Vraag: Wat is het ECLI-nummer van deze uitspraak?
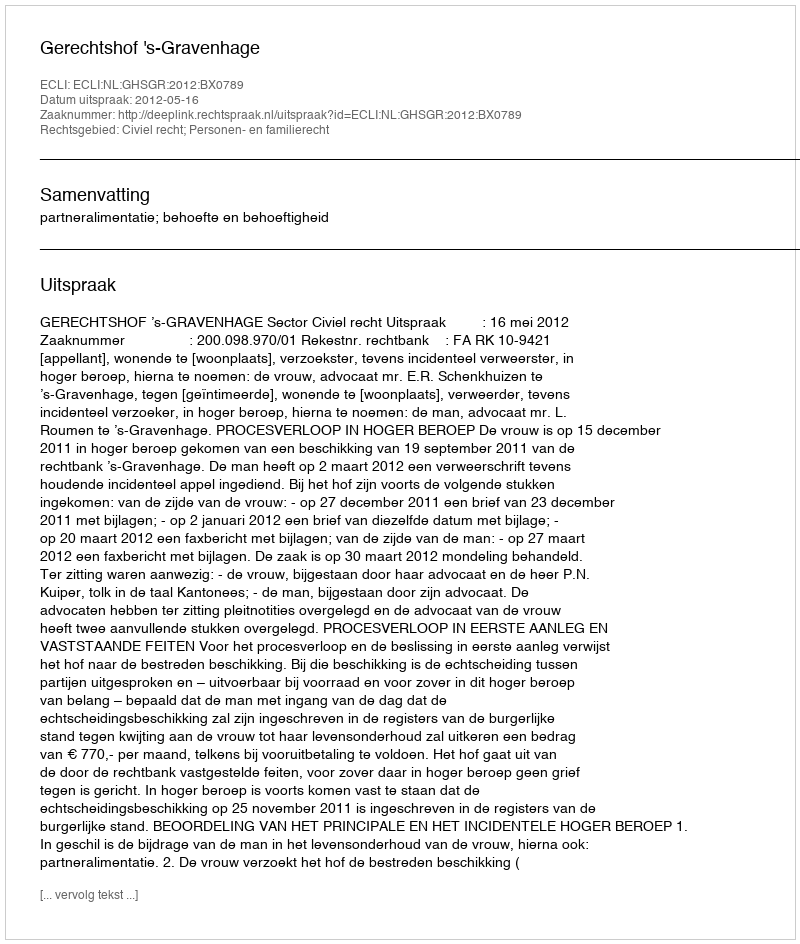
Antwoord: ECLI:NL:GHSGR:2012:BX0789